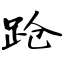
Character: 跄